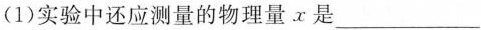
(1)实验中还应测量的物理量x是___